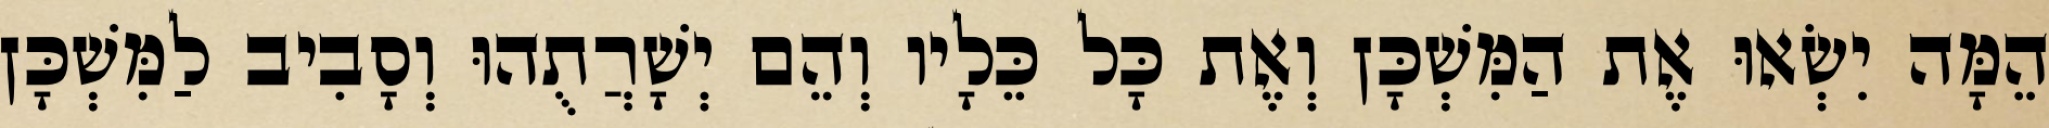
הֵמָּה יִשְׂאוּ אֶת הַמִּשְׁכָּן וְאֶת כָּל כֵּלָיו וְהֵם יְשָׁרֲתֻהוּ וְסָבִיב לַמִּשְׁכָּן